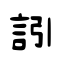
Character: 訠